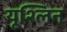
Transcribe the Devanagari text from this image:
यूश्लिन